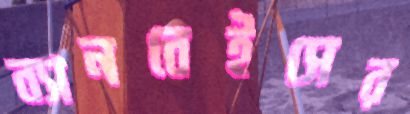
ব্যানবেইসের